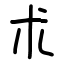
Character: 朮